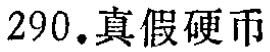
290.真假硬币